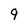
Character: 9